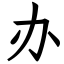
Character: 办